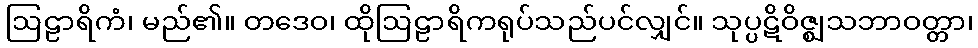
ဩဠာရိကံ၊ မည်၏။ တဒေဝ၊ ထိုဩဠာရိကရုပ်သည်ပင်လျှင်။ သုပ္ပဋိဝိဇ္ဈသဘာဝတ္တာ၊